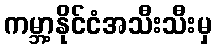
ကမ္ဘာ့နိုင်ငံအသီးသီးမှ